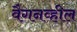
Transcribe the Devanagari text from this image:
वैगनव्हील